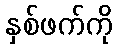
နှစ်ဖက်ကို